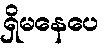
ရှိမနေပေ